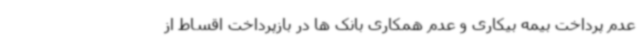
عدم پرداخت بیمه بیکاری و عدم همکاری بانک ها در بازپرداخت اقساط از